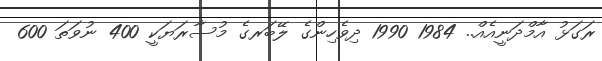
ރަގަޅު އާމްދަނީއެއް.. 1984 1990 ދިވެހިންގެ ލޭބަރގެ މުސާރަޔަކީ 400 ނުވަތަ 600